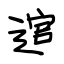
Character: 逭